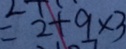
= 2 + 9 \times 3